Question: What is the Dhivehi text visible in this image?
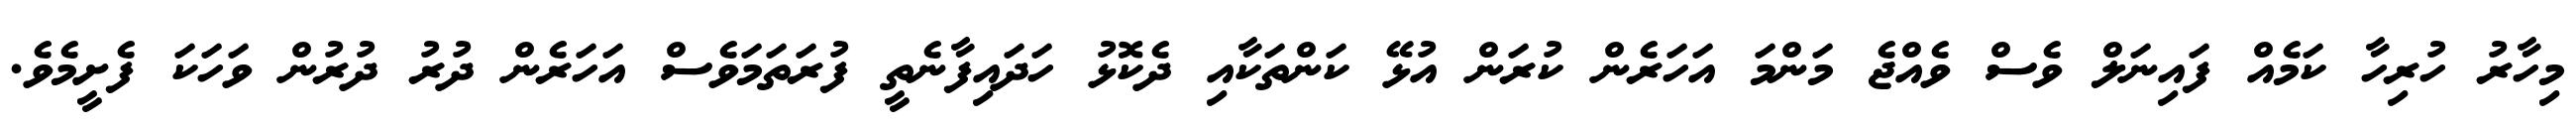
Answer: މިހާރު ހުރިހާ ކަމެއް ފައިނަލް ވެސް ވެއްޖެ މަންމަ އަހަރެން ކުރަން އުޅޭ ކަންތަކާއި ދެކޮޅު ހަދައިފާނެތީ ފުރަތަމަވެސް އަހަރެން ދުރު ދުރުން ވަހަކަ ފެށީމެވެ.